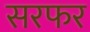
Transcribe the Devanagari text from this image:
सरफर